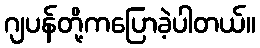
ဂျပန်တို့ကပြောခဲ့ပါတယ်။